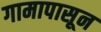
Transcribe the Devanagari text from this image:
गामापासून